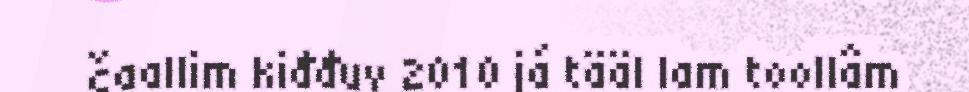
čaallim kiđđuv 2010 já tääl lam toollâm